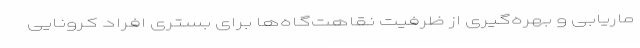
ماریابی و بهره‌گیری از ظرفیت نقاهت‌گاه‌ها برای بستری افراد کرونایی